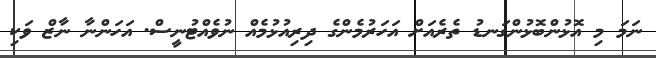
ނަމަ މި އޮޅުންބޮޅުންގަނޑު ތެރެއަށް އަހަރުމެންގެ ދިރިއުޅުމެއް ނުވެއްޓުނީސް. އަހަންނާ ނާޒް ވަކި